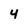
Character: 4